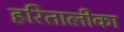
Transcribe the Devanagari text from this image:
हरितालीका